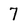
Character: 7